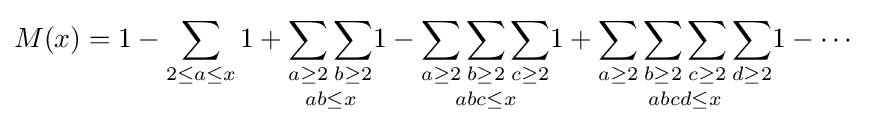
M(x)=1-\sum _{2\leq a\leq x}1+{\underset {ab\leq x}{\sum _{a\geq 2}\sum _{b\geq 2}}}1-{\underset {abc\leq x}{\sum _{a\geq 2}\sum _{b\geq 2}\sum _{c\geq 2}}}1+{\underset {abcd\leq x}{\sum _{a\geq 2}\sum _{b\geq 2}\sum _{c\geq 2}\sum _{d\geq 2}}}1-\cdots